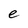
Character: e